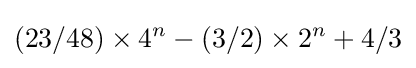
(23/48)\times 4^{n}-(3/2)\times 2^{n}+4/3